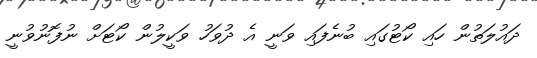
ދައުލަތުން ހައި ކޯޓުގައި ބުނެފައި ވަނީ އެ ދުވަހު ވަކީލުން ކޯޓަށް ނުފޮނުވުނީ